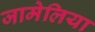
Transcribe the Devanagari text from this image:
जामेलिया